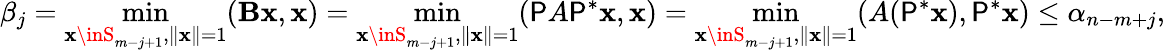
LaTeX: \beta_{j}=\operatorname*{min}_{\mathbf{x}\inS_{m-j+1},\| \mathbf{x}\| =1}(\mathbf{B}\mathbf{x},\mathbf{x})=\operatorname*{min}_{\mathbf{x}\inS_{m-j+1},\| \mathbf{x}\| =1}(\mathsf{P}A\mathsf{P}^{*}\mathbf{x},\mathbf{x})=\operatorname*{min}_{\mathbf{x}\inS_{m-j+1},\| \mathbf{x}\| =1}(A(\mathsf{P}^{*}\mathbf{x}),\mathsf{P}^{*}\mathbf{x})\leq\alpha_{n-m+j},